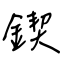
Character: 鍥